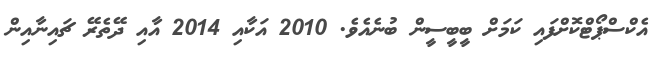
އެކްސްޕޯޓްކޮށްފައި ކަމަށް ބީބީސީން ބުނެއެވެ. 2010 އަކާއި 2014 އާއި ދޭތެރޭ ޗައިނާއިން